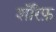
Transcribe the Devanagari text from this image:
शॅरिफ़